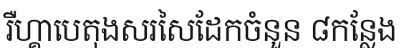
រឺហ្គាបេតុងសរសៃដែកចំនួន ៨កន្លែង